Annual statistical returns and brief notes on vaccination in Bengal - 1896-1909
Year: 1896
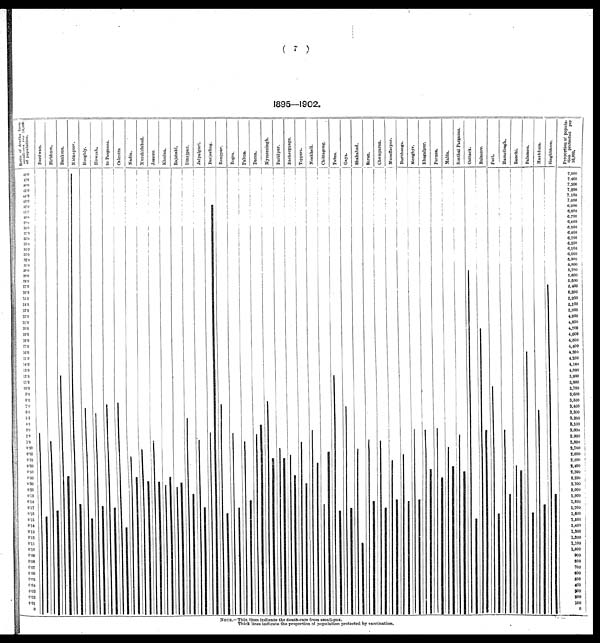
( 7 )
1895—1902.
NOTE.—Thin lines indicate the death-rate from small-pox.
Thick lines indicate the proportion of population protected by vaccination.